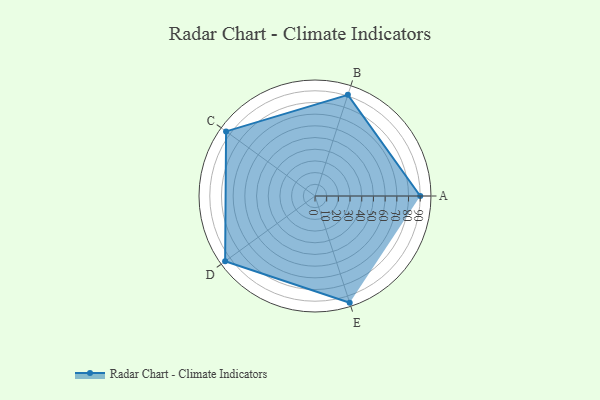
{"axis": {"x": "Skill", "y": "Score"}, "legend": ["Profile"], "data": [{"x": "A", "y": 90.0, "type": "Profile"}, {"x": "B", "y": 91.0, "type": "Profile"}, {"x": "C", "y": 94.0, "type": "Profile"}, {"x": "D", "y": 95.0, "type": "Profile"}, {"x": "E", "y": 96.0, "type": "Profile"}]}